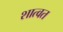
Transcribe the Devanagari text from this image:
शात्वत